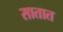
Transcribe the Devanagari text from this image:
सातात